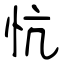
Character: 忼